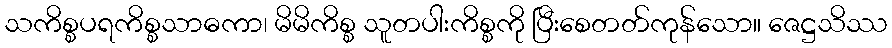
သကိစ္စပရကိစ္စသာဓကာ၊ မိမိကိစ္စ သူတပါးကိစ္စကို ပြီးစေတတ်ကုန်သော။ ဇေဋ္ဌသိဿ